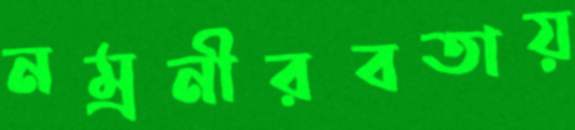
নম্রনীরবতায়